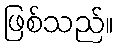
ဖြစ်သည်။